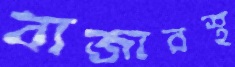
বাজারস্থ